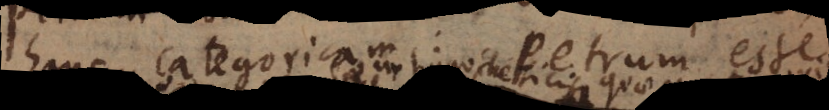
hanc categoricam: Petrum esse